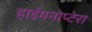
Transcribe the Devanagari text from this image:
हाईमनोप्टेरा